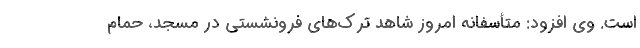
است. وی افزود: متأسفانه امروز شاهد ترک‌های فرونشستی در مسجد، حمام